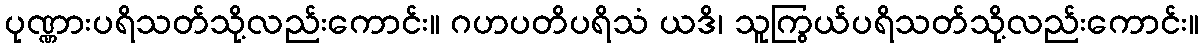
ပုဏ္ဏားပရိသတ်သို့လည်းကောင်း။ ဂဟပတိပရိသံ ယဒိ၊ သူကြွယ်ပရိသတ်သို့လည်းကောင်း။